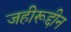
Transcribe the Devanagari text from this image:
जहीरूद्दीन